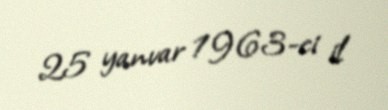
25 yanvar 1963-ci il